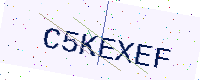
Text: C5KEXEF